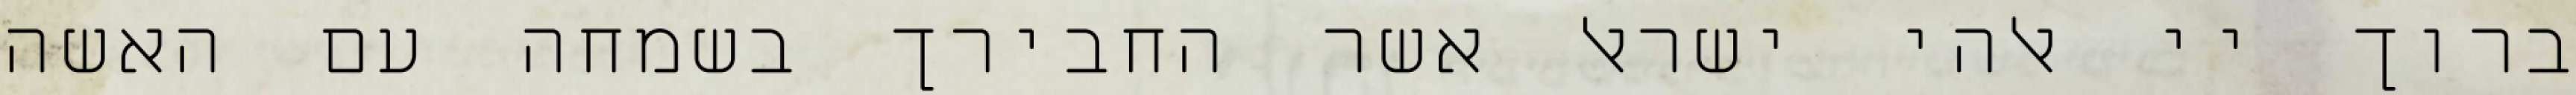
ברוך יי אלהי ישראל אשר החבירך בשמחה עם האשה